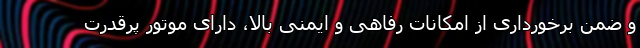
و ضمن برخورداری از امکانات رفاهی و ایمنی بالا، دارای موتور پرقدرت